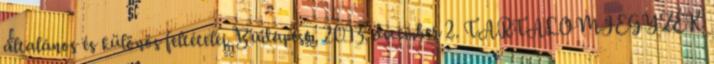
általános és különös feltételei Budapest, 2013. december 2. TARTALOMJEGYZÉK